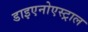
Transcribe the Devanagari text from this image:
डाइएनोएस्ट्राल